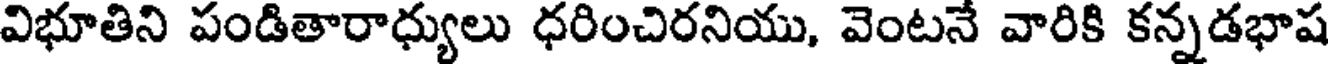
విభూతిని పండితారాధ్యులు ధరించిరనియు, వెంటనే వారికి కన్నడభాష